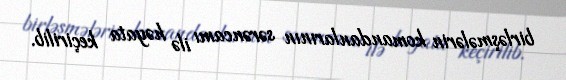
birləşmələrin komandanlarının sərəncamı ilə həyata keçirilib.